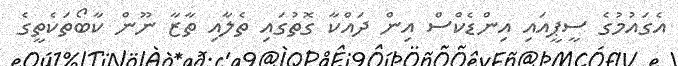
އެގައުމުގެ ސީޕީއައި އިންޑެކްސް އިން ދައްކާ ގޮތުގައި ތެލާއި ތާޒާ ނޫން ކާބޯތަކެތީގެ